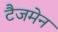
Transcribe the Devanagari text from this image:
टैजमेन